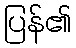
ပြန်၏